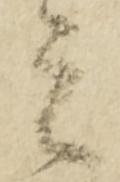
者